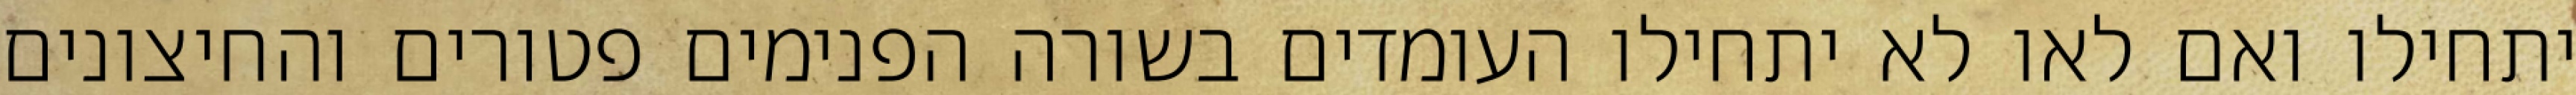
יתחילו ואם לאו לא יתחילו העומדים בשורה הפנימים פטורים והחיצונים